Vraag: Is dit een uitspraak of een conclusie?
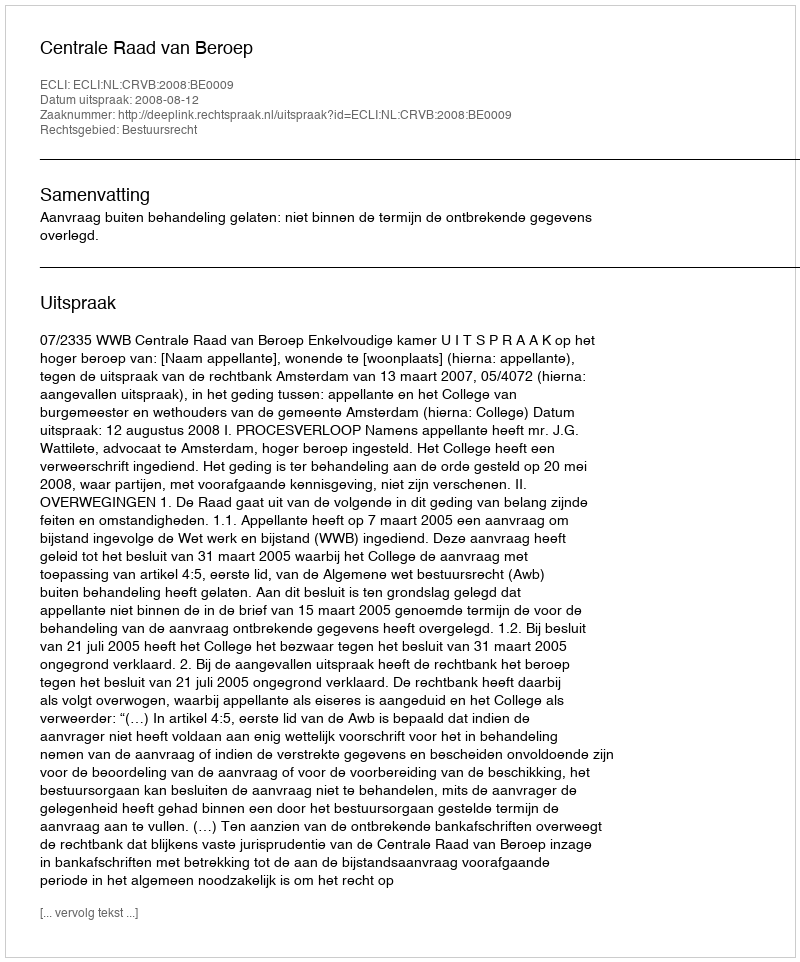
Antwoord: Uitspraak